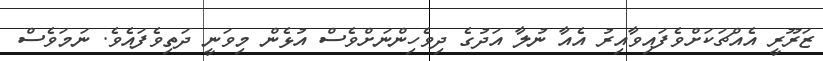
ޒަރޫރީ އެއްޗަކަށްވެފައިވާއިރު އެއާ ނުލާ އަދުގެ ދިވެހިންނަށްވެސް އުޅެން މިވަނީ ދަތިވެފައެވެ. ނަމަވެސް